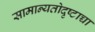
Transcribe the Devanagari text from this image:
सामान्यतोदृष्टाच्चा